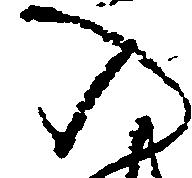
の